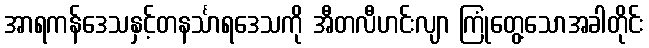
အာရကန်ဒေသနှင့်တနင်္သာရဒေသကို အီတလီဟင်းလျာ ကြုံတွေ့သောအခါတိုင်း